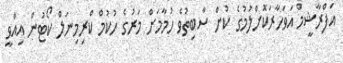
އަފްރާޝީމް އަވަހާރަކޮށްލުމުގެ ކުށް ސާބިތުވެ ހުމާމަށް މަރުގެ ހުކުމް ކްރިމިނަލް ކޯޓުން އިއްވީ